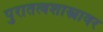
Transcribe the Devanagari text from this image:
पुरातत्वशास्त्रावर